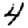
Digit: 4